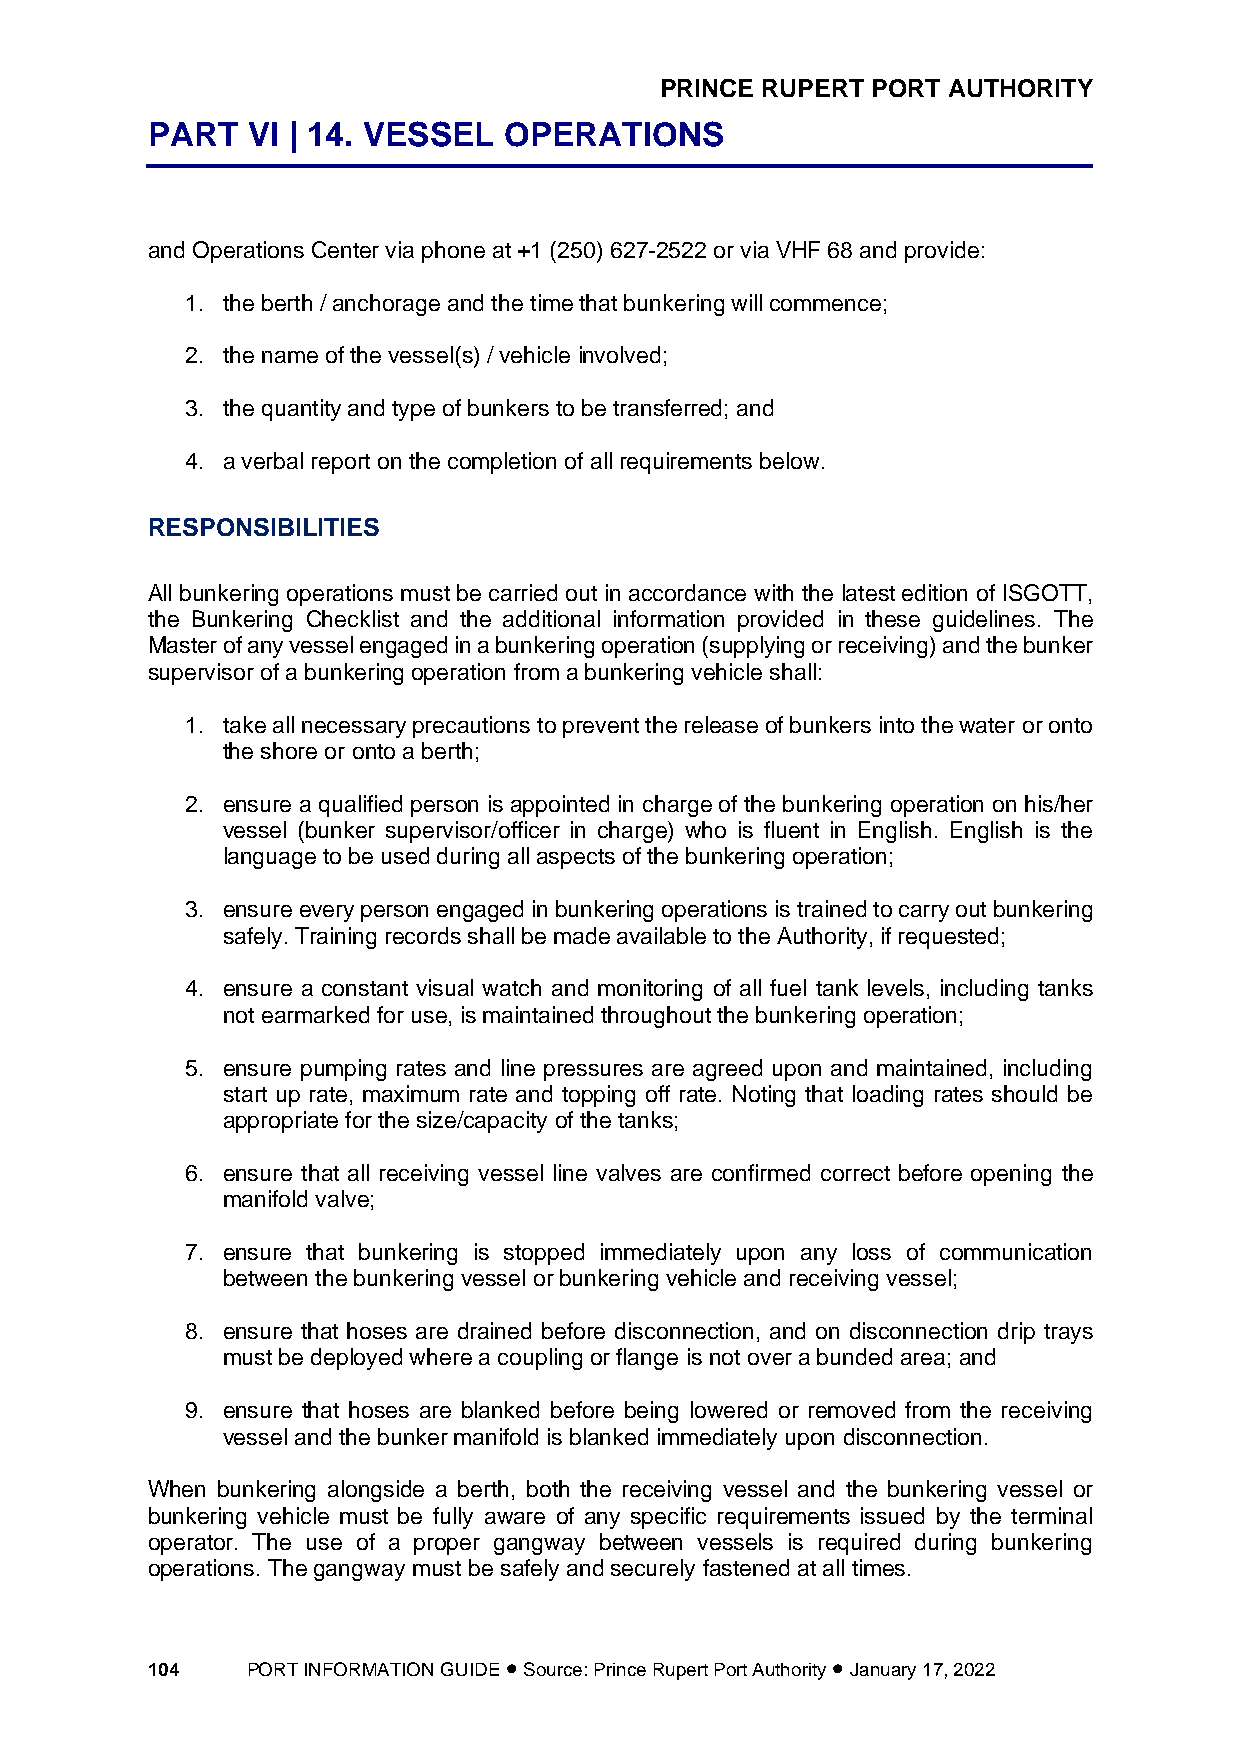
PRINCE RUPERT PORT AUTHORITY
 PART  VI | 14. VESSEL  OPERATIONS
 and Operations Center via phone at +1 (250) 627-2522 or via VHF 68 and provide:
 1. the berth / anchorage and the time that bunkering will commence;
 2. the name of the vessel(s) / vehicle involved;
 3. the quantity and type of bunkers to be transferred; and
 4. a verbal report on the completion of all requirements below.
 RESPONSIBILITIES
 All bunkering operations must be carried out in accordance with the latest edition of ISGOTT,
 the Bunkering Checklist and the additional information provided in these guidelines. The
 Master of any vessel engaged in a bunkering operation (supplying or receiving) and the bunker
 supervisor of a bunkering operation from a bunkering vehicle shall:
 1. take all necessary precautions to prevent the release of bunkers into the water or onto
 the shore or onto a berth;
 2. ensure a qualified person is appointed in charge of the bunkering operation on his/her
 vessel (bunker supervisor/officer in charge) who is fluent in English. English is the
 language to be used during all aspects of the bunkering operation;
 3. ensure every person engaged in bunkering operations is trained to carry out bunkering
 safely. Training records shall be made available to the Authority, if requested;
 4. ensure a constant visual watch and monitoring of all fuel tank levels, including tanks
 not earmarked for use, is maintained throughout the bunkering operation;
 5. ensure pumping rates and line pressures are agreed upon and maintained, including
 start up rate, maximum rate and topping off rate. Noting that loading rates should be
 appropriate for the size/capacity of the tanks;
 6. ensure that all receiving vessel line valves are confirmed correct before opening the
 manifold valve;
 7. ensure that bunkering is stopped immediately upon any loss of communication
 between the bunkering vessel or bunkering vehicle and receiving vessel;
 8. ensure that hoses are drained before disconnection, and on disconnection drip trays
 must be deployed where a coupling or flange is not over a bunded area; and
 9. ensure that hoses are blanked before being lowered or removed from the receiving
 vessel and the bunker manifold is blanked immediately upon disconnection.
 When bunkering alongside a berth, both the receiving vessel and the bunkering vessel or
 bunkering vehicle must be fully aware of any specific requirements issued by the terminal
 operator. The use of a proper gangway between vessels is required during bunkering
 operations. The gangway must be safely and securely fastened at all times.
 104   PORT INFORMATION GUIDE • Source: Prince Rupert Port Authority • January 17, 2022